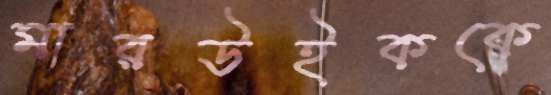
মারউইককে